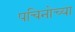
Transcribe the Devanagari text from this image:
पचिनोच्या